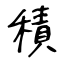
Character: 積